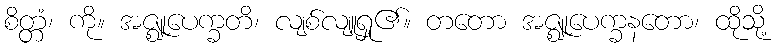
စိတ္တံ၊ ကို။ အဇ္ဈုပေက္ခတိ၊ လျစ်လျူရှု၏။ တတော အဇ္ဈုပေက္ခနတော၊ ထိုသို့